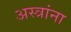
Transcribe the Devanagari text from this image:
अस्त्रांना